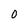
Character: 0